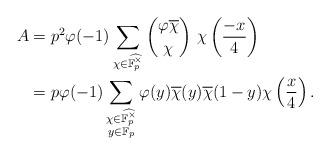
LaTeX: \begin{align*}A&=p^2\varphi(-1)\sum_{\chi\in\widehat{\mathbb{F}_p^\times}}{\varphi\overline{\chi}\choose\chi}~\chi\left(\frac{-x}{4}\right)\\&=p\varphi(-1)\sum_{\substack{\chi\in\widehat{\mathbb{F}_p^\times}\\y\in\mathbb{F}_p}}\varphi(y)\overline{\chi}(y)\overline{\chi}(1-y)\chi\left(\frac{x}{4}\right).\end{align*}